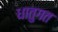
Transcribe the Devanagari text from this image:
धातुगत